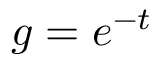
\begin{array} { r } { g = e ^ { - t } } \end{array}